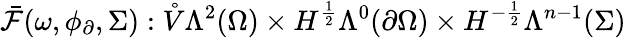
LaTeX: \bar{\mathcal{F}}(\omega,\phi_{\partial},\Sigma):\mathring{V}\Lambda^{2}(\Omega)\times H^{\frac{1}{2}}\Lambda^{0}(\partial\Omega)\times H^{-\frac{1}{2}}\Lambda^{n-1}(\Sigma)